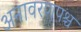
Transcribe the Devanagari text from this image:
अनावरणपश्च